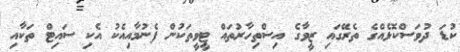
ކުޑަ ދުވަސްކޮޅެއްގެ ތެރޭގައި ޒީވާގެ އިސްތިހާރުތައް ޓީވީތަކުން ފެނުމާއިއެކު އެކި ސައިޓް ތަކާއި